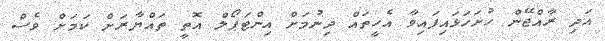
އަދި ރާއްޖޭން ހުށަހަޅައިފައިވާ އެހީތައް ދިނުމަށް އިންޓަޕޯލް އޮތީ ތައްޔާރަށް ކަމަށް ވެސް